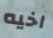
اخيه